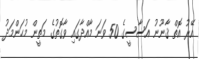
އޭރު އޮތް ޤާނޫނު އަސާސީގެ 50 ވަނަ މާއްދާގައި ވާގޮތުގެ މަތީން މުޙަންމަދު